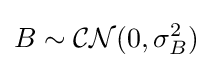
B\sim {\mathcal {CN}}(0,\sigma _{B}^{2})